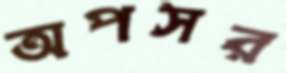
অপসর